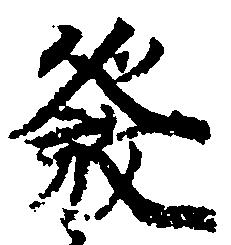
発